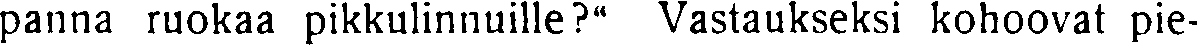
panna ruokaa pikkulinnuille?" Vastaukseksi kohoovat pie-